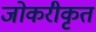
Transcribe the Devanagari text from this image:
जोकरीकृत